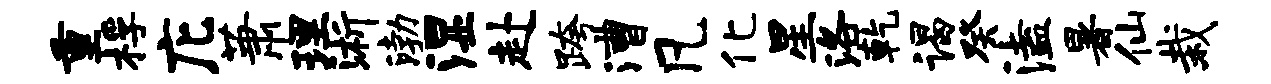
重桴庀萧理浙渤湿赴跨漕凡化星洛乾谒癸溘暑仙栽